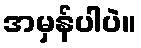
အမှန်ပါပဲ။